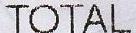
TOTAL